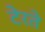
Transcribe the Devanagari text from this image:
टेरते